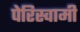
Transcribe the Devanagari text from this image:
पेरिस्वामी